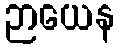
ဉာယေန